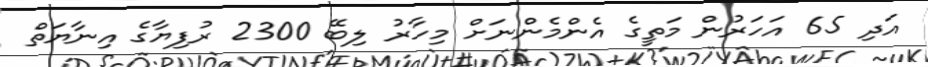
އަދި 65 އަހަރުން މަތީގެ އެންމެންނަށް މިހާރު ލިބޭ 2300 ރުފިޔާގެ އިނާޔަތް